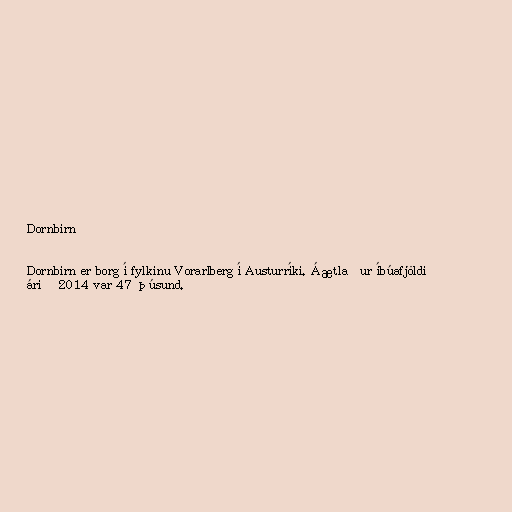
Dornbirn

Dornbirn er borg í fylkinu Vorarlberg í Austurríki. Áætlaður íbúafjöldi
árið 2014 var 47 þúsund.